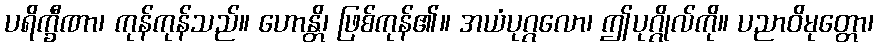
ပရိက္ခီဏာ၊ ကုန်ကုန်သည်။ ဟောန္တိ၊ ဖြစ်ကုန်၏။ အယံပုဂ္ဂလော၊ ဤပုဂ္ဂိုလ်ကို။ ပညာဝိမုတ္တော၊